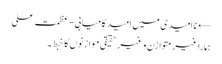
← ناامیدی میں امید کامیابی-عظمت علی
ہمارا غیر متوازن و غیر حقیقی موازنوں کا خبط ۔